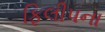
ફિલીપના